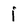
Character: i